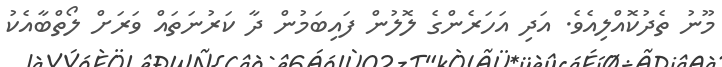
މޫނު ތެދުކޮއްލިއެވެ. އަދި އަހަރެންގެ ލޮލުން ފައިބަމުުން ދާ ކަރުނަތައް ވަރަށް ލޯތްބާއެކު